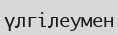
үлгілеумен